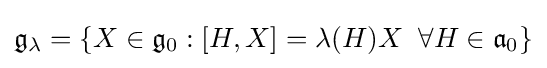
{\mathfrak {g}}_{\lambda }=\{X\in {\mathfrak {g}}_{0}:[H,X]=\lambda (H)X\;\;\forall H\in {\mathfrak {a}}_{0}\}